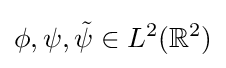
\phi ,\psi ,{\tilde {\psi }}\in L^{2}(\mathbb {R} ^{2})